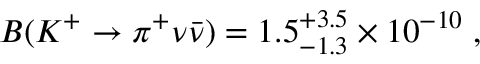
B ( K ^ { + } \to \pi ^ { + } \nu \bar { \nu } ) = 1 . 5 _ { - 1 . 3 } ^ { + 3 . 5 } \times 1 0 ^ { - 1 0 } \; ,